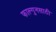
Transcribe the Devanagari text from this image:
फाल्गुनसाठी